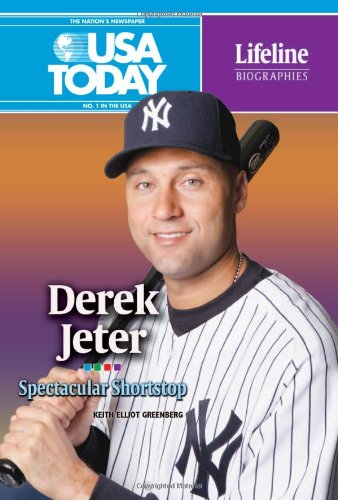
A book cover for Derek Jeter: Spectacular Shortstop (USA Today Lifeline Biographies); Keith Elliot Greenberg; Teen & Young Adult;